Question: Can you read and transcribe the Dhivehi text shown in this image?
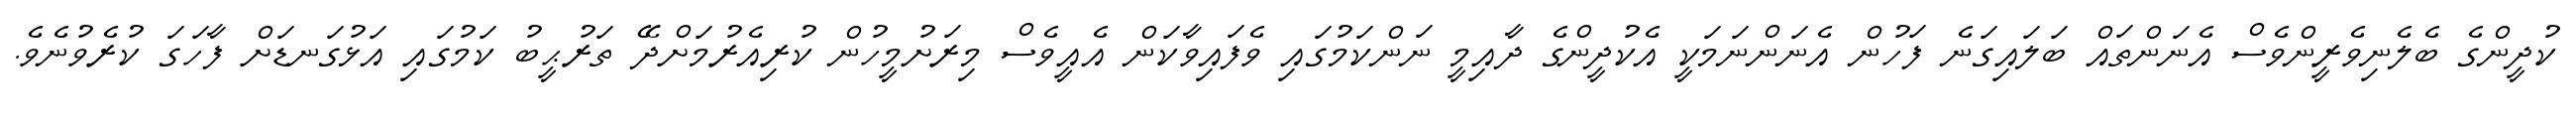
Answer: ކުދީންގެ ބެލެނިވެރީންވެސް އެނަންތައް ބަލައިގަނެ ފަހުން އެނަންނަމަކީ އެކުދީންގެ ދާއިމީ ނަންކަމުގައި ވެފައިވާކަން އެއީވެސް މިރަށުމީހުން ކުރިއެރުމަށްދޭ ތަރުޙީބު ކަމުގައި އަޅުގަނޑަށް ފާހަގަ ކުރެވުނެވެ.